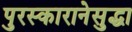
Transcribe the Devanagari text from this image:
पुरस्कारानेसुद्धा